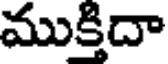
ముక్తిదా